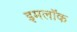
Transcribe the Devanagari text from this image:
इमलॉक